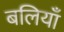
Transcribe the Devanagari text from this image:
बलियाँ